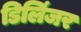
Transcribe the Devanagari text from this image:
डिलिंजर